Annual statistical returns and brief notes on vaccination in Bengal - 1909-1929
Year: 1909
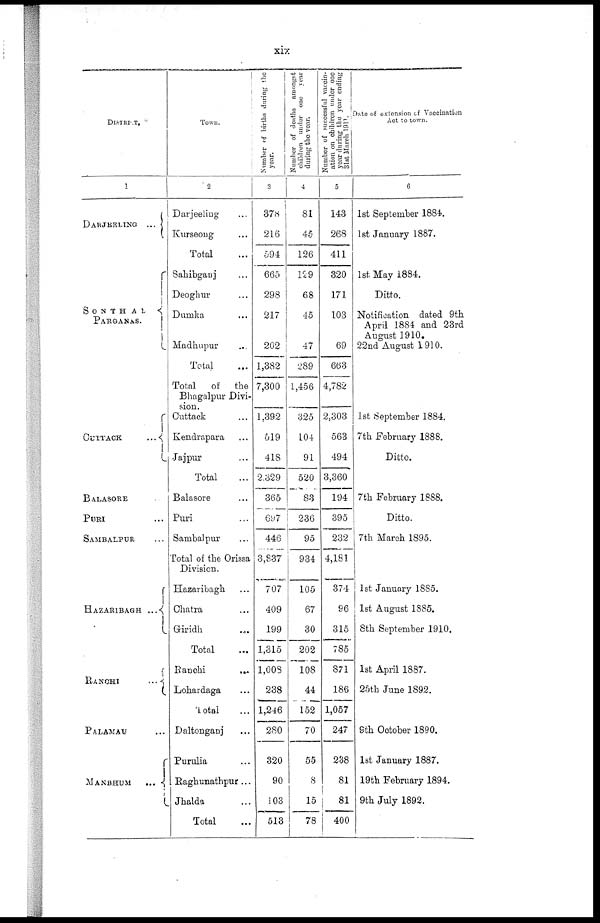
xix
DISTRICT.
1
DARJEELING
...
SONTHAL
PARGANAS.
CUTTACK
...
BALASORE ...
PURI ...
SAMBALPUR ...
HAZARIBAGH
RANCHI
...
PALAMAU ...
MANBHUM
...
Town.
2
Darjeeling ...
Kurseong ...
Total ...
Sahibganj ...
Deoghur ...
Dumka ...
Madhupur ...
Total ...
Total
of
the
Bhagalpur Divi-
sion.
Cuttack ...
Kendrapara ...
Jajpur ...
Total ...
Balasore ...
Puri ...
Sambalpur ...
Total of the Orissa
Division.
Hazaribagh ...
Chatra ...
Griridh ...
Total ...
Ranchi
...
Lohardaga ...
Total ...
Daltonganj ...
Purulia ...
Raghunathpur...
Jhalda ...
Total ...
Number of births during the
year.
3
378
216
594
665
298
217
202
1,382
7,300
1,392
519
418
2,329
365
697
446
3,837
707
409
199
1,315
1,008
238
1,246
280
320
90
103
513
Number of deaths amongst
children under one year
during the year.
4
81
45
126
129
68
45
47
289
1,456
325
104
91
520
83
236
95
934
105
67
30
202
108
44
152
70
55
8
15
78
Number of successful vaccin-
ation on children under one
year during the year ending
31st March 1911.
5
143
268
411
320
171
103
69
663
4,782
2,303
563
494
3,360
194
395
232
4,181
374
96
315
785
871
186
1,057
247
238
81
81
400
Date of extension of Vaccination
Act to town.
6
1st September 1884.
1st January 1887.
1st. May 1884.
Ditto.
Notification dated 9th
April 1884 and 23rd
August 1910.
22nd August 1910.
1st September 1884.
7th February 1888.
Ditto.
7th February 1888.
Ditto.
7th March 1895.
1st January 1885.
1st August 1885.
8th September 1910.
1st April 1887.
25th June 1892.
9th October 1890.
1st January 1887.
19th February 1894.
9th July 1892.